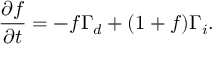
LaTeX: \frac { \partial f } { \partial t } = - f \Gamma _ { d } + ( 1 + f ) \Gamma _ { i } .